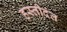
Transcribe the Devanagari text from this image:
हस्तीदंत